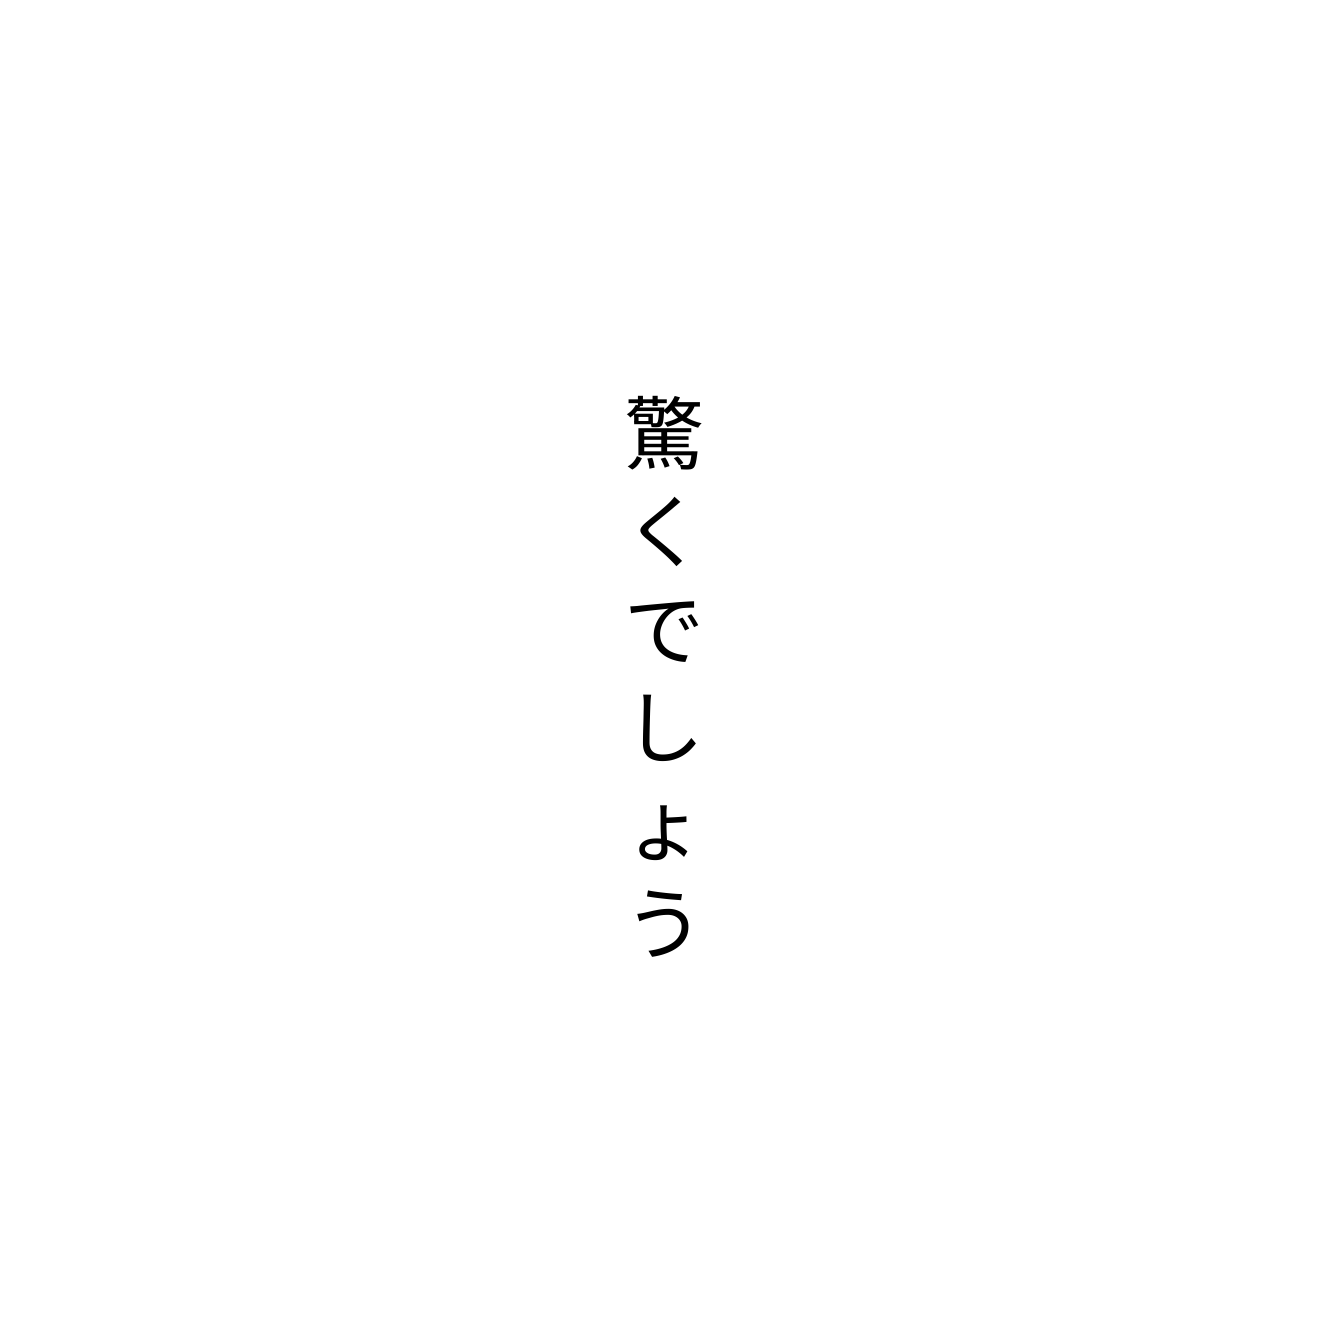
驚くでしょう